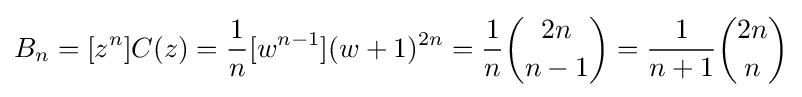
B_{n}=[z^{n}]C(z)={\frac {1}{n}}[w^{n-1}](w+1)^{2n}={\frac {1}{n}}{\binom {2n}{n-1}}={\frac {1}{n+1}}{\binom {2n}{n}}